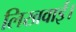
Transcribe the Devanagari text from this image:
लिखवाईं।